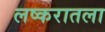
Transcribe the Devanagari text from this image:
लष्करातला